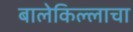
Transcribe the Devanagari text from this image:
बालेकिल्लाचा